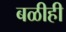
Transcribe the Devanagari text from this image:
बळीही